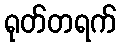
ရုတ်တရက်